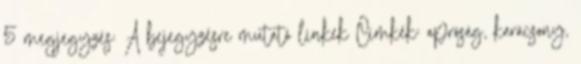
5 megjegyzés: A bejegyzésre mutató linkek Címkék: apróság, karácsony,